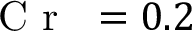
\mathrm { ~ \textit ~ { ~ C ~ r ~ } ~ } { } = 0 . 2